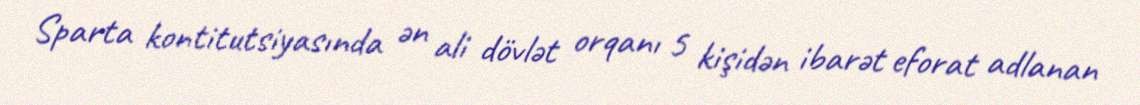
Sparta kontitutsiyasında ən ali dövlət orqanı 5 kişidən ibarət eforat adlanan